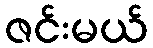
ဇင်းမယ်